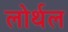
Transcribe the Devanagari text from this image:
लोर्थल